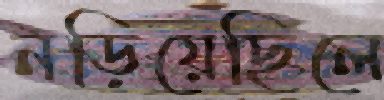
নড়িয়েছিলে